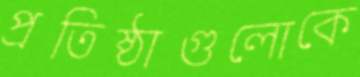
প্রতিষ্ঠাগুলোকে